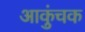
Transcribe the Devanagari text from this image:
आकुंचक